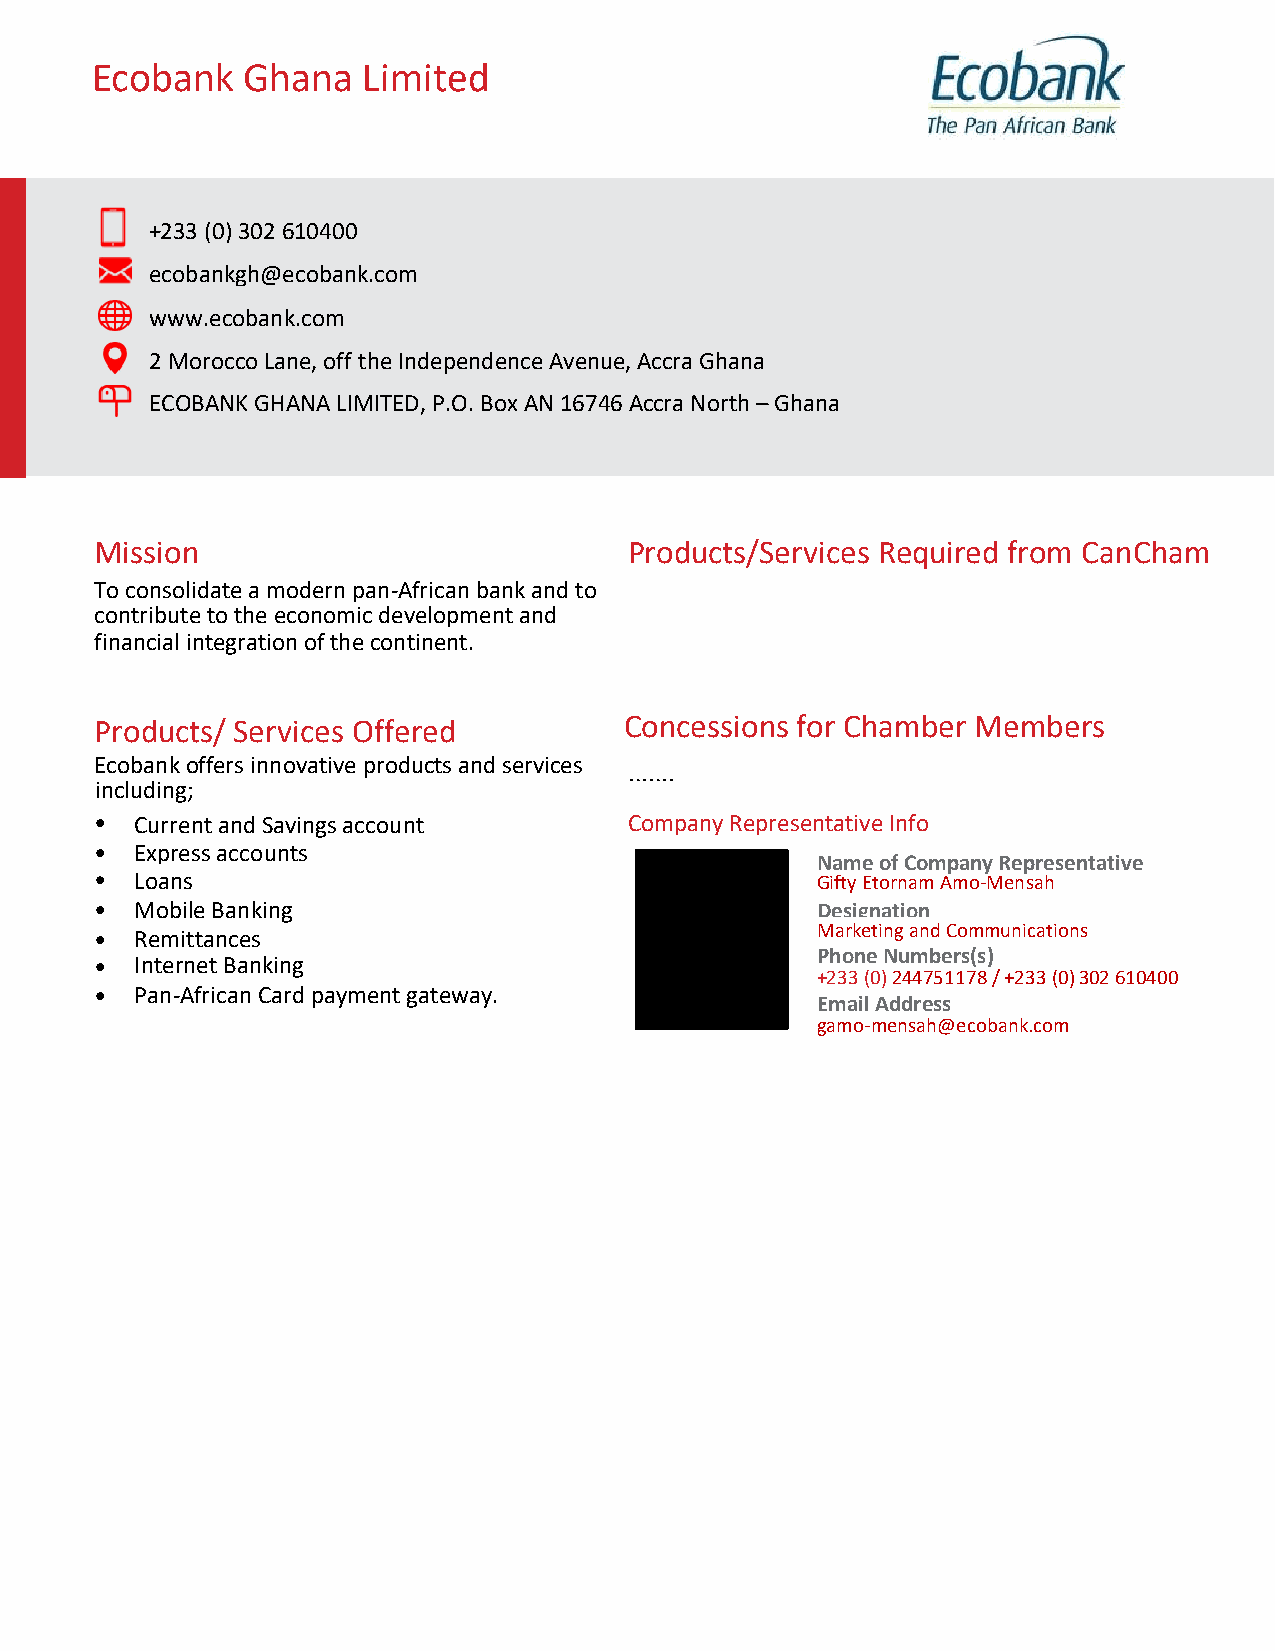
Ecobank   Ghana   Limited
 +233 (0) 302 6104 00
 ecobankgh@ecobank.com
 www.ecobank.com
 2 Morocco Lane, off the Independence Avenue, Accra Ghana
 ECOBANK GHANA LIMITED, P.O. Box AN 16746 Accra North – Ghana
 Mission                             Products/Services Required from CanCham
 To consolidate a modern pan-African bank and to
 contribute to the economic development and
 financial integration of the continent.
 Products/ Services Offered         Concessions for Chamber Members
 E cobank offers innovative products and services …….
 including;
 •  Current and Savings account      Company Representative Info
 •  Express accounts
 Name of Company Representative
 •  Loans                                        Gifty Etornam Amo -Mensah
 •  Mobile Banking                               Designation
 Marketing and Communications
 •  Remittances
 •  Internet Banking
 OPhffoicneer Numbers(s )
 +233 (0) 244751178 / +233 (0) 302 610400
 •  Pan-African Card payment gateway.
 Email Address
 gamo-mensah@ecobank.com